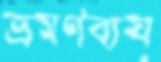
ভ্রমণব্যয়